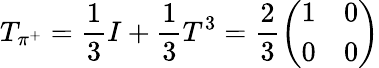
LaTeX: T_{\pi^{+}}=\frac 13I+\frac 13T^{3}=\frac 23\left(\begin{array}{ll}{{1}}&{{0}}\\ {{0}}&{{0}}\end{array}\right)